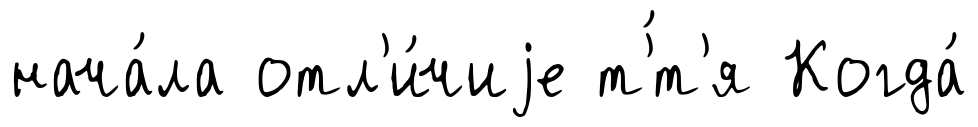
нача́ла отл'и́чиjе т'́т'я Когда́